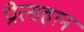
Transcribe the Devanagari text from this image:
प्रोत्सहान